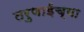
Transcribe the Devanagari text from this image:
तरुणाईच्या